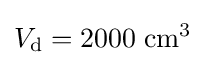
V_{\text{d}}=2000\;{\text{cm}}^{3}